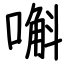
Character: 嘝